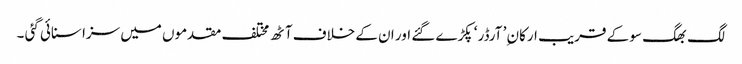
لگ بھگ سو کے قریب ارکان ِ’ آرڈر ‘ پکڑے گئے اور ان کے خلاف آٹھ مختلف مقدموں میں سزا سنائی گئی ۔